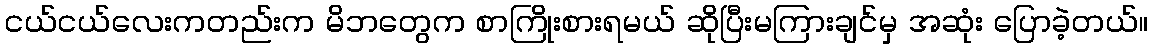
ငယ်ငယ်လေးကတည်းက မိဘတွေက စာကြိုးစားရမယ် ဆိုပြီးမကြားချင်မှ အဆုံး ပြောခဲ့တယ်။